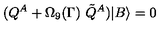
( Q ^ { A } + \Omega _ { 9 } ( \Gamma ) \ \tilde { Q } ^ { A } ) | B \rangle = 0